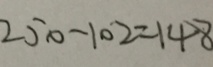
2 5 0 - 1 0 2 = 1 4 8